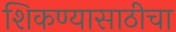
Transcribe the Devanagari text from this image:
शिकण्यासाठीचा